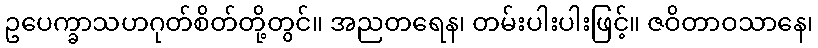
ဥပေက္ခာသဟဂုတ်စိတ်တို့တွင်။ အညတရေန၊ တမ်းပါးပါးဖြင့်။ ဇဝိတာဝသာနေ၊